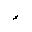
Letter: _hamza